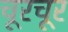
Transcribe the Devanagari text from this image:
चूरचूर